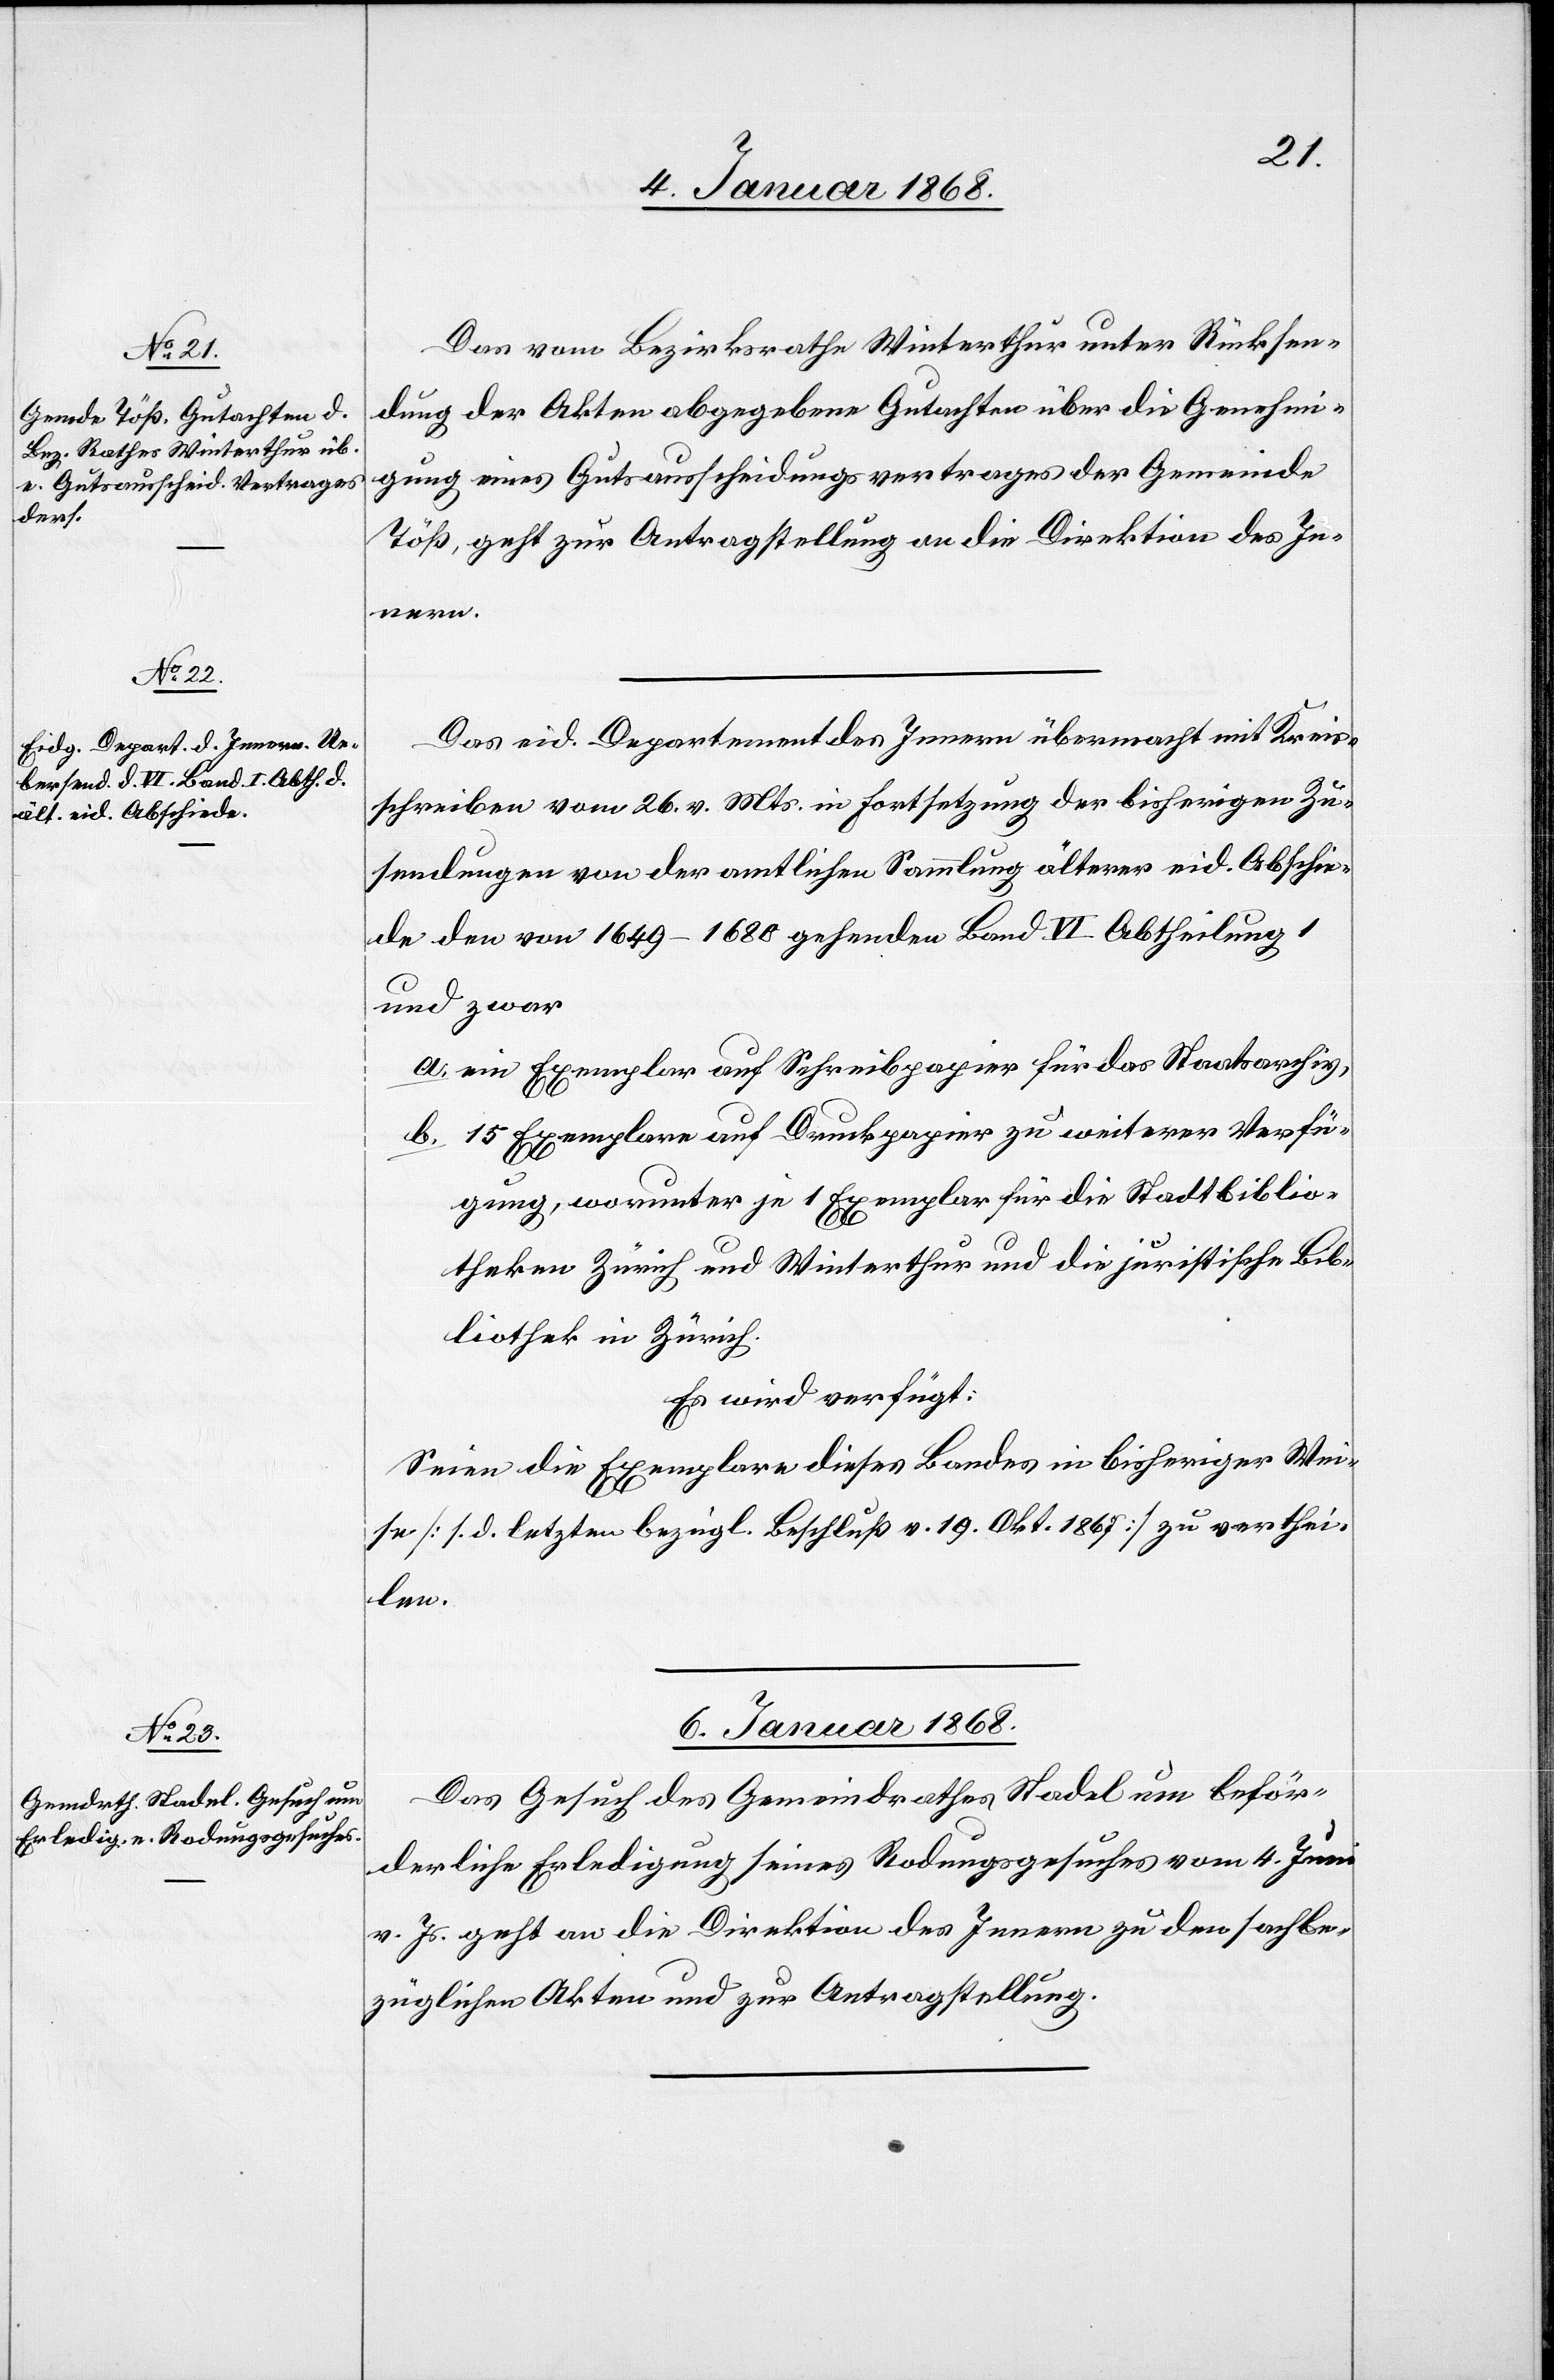
5. Januar 1868.]
Das vom Bezirksrathe Winterthur unter Rücksen¬
dung der Akten abgegebene Gutachten über die Genehmi¬
gung eines Gutsausscheidungsvertrages der Gemeinde
Töß, geht zur Antragstellung an die Direktion des In¬
nern.
Das eid. Departement des Innern übermacht mit Kreis¬
schreiben vom 26. v. Mts. in Fortsetzung der bisherigen Zu¬
sendungen von der amtlichen Sammlung älterer eid. Abschie¬
de den von 1649–1680 gehenden Band VI Abtheilung 1
und zwar
ein Exemplar auf Schreibpapier für das Staatsarchiv,
15 Exemplare auf Druckpapier zu weiterer Verfü¬
gung, worunter je 1 Exemplar für die Stadtbiblio¬
theken Zürich und Winterthur und die juristische Bib¬
liothek in Zürich.
Es wird verfügt:
Seien die Exemplare dieses Bandes in bisheriger Wei¬
se [s. d. letzten bezügl. Beschluß v. 19. Okt. 1867] zu verthei¬
len.
6. Januar 1868.
Das Gesuch des Gemeindrathes Stadel um beför¬
derliche Erledigung seines Rodungsgesuches vom 4. Juni
v. Js. geht an die Direktion des Innern zu den sachbe¬
züglichen Akten und zur Antragstellung.